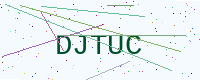
Text: DJTUC